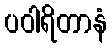
ပဝါရိတာနံ